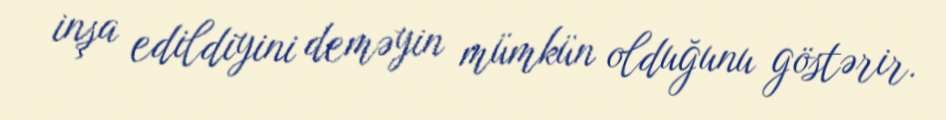
inşa edildiyini deməyin mümkün olduğunu göstərir.